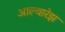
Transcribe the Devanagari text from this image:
आल्वारेझ